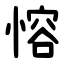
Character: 愹